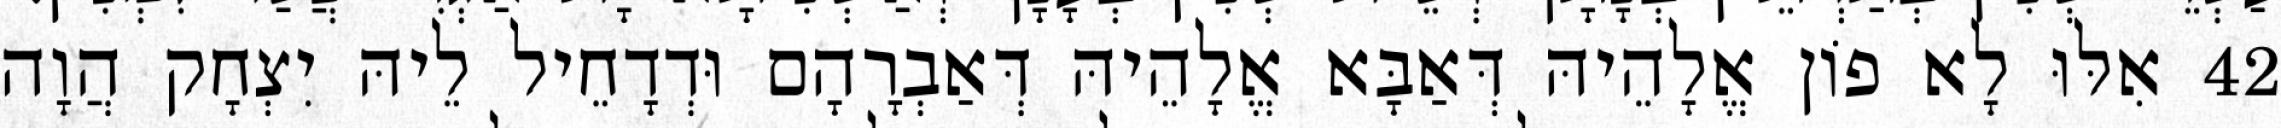
42 אִלּוּ לָא פוֹן אֱלָהֵיהּ דְּאַבָּא אֱלָהֵיהּ דְּאַבְרָהָם וּדְדָחֵיל לֵיהּ יִצְחָק הֲוָה